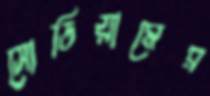
সোডিয়ামের